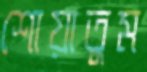
শোয়াতুম